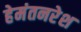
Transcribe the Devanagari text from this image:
हेमंतनरेश